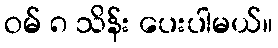
ဝမ် ၈ သိန်း ပေးပါမယ်။